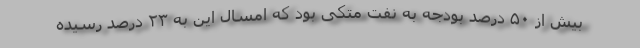
بیش از ۵۰ درصد بودجه به نفت متکی بود که امسال این به ۲۳ درصد رسیده